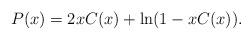
LaTeX: \begin{align*}P(x) = 2xC(x) + \ln(1-xC(x)).\end{align*}